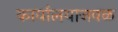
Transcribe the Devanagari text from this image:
कार्यालयाजवळ